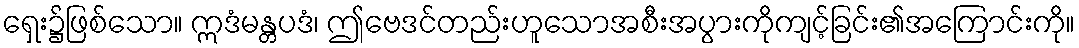
ရှေး၌ဖြစ်သော။ ဣဒံမန္တပဒံ၊ ဤဗေဒင်တည်းဟူသောအစီးအပွားကိုကျင့်ခြင်း၏အကြောင်းကို။